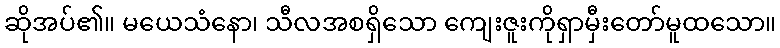
ဆိုအပ်၏။ မယေသံနော၊ သီလအစရှိသော ကျေးဇူးကိုရှာမှီးတော်မူထသော။